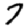
Digit: 7